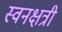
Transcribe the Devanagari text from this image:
स्वनक्षत्री